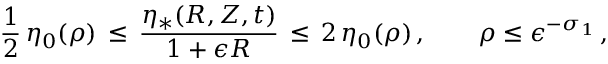
\frac { 1 } { 2 } \, \eta _ { 0 } ( \rho ) \, \le \, \frac { \eta _ { * } ( R , Z , t ) } { 1 + \epsilon R } \, \le \, 2 \, \eta _ { 0 } ( \rho ) \, , \qquad \rho \le \epsilon ^ { - \sigma _ { 1 } } \, ,